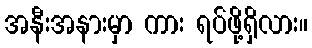
အနီးအနားမှာ ကား ရပ်ဖို့ရှိလား။